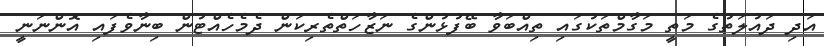
އަދި ދައުލަތުގެ މަތީ މަގާމްތަކުގައި ތިއްބަވާ ބޭފުޅުންގެ ނަޒާހަތްތެރިކަން ދެމެހެއްޓުން ބިނާވެފައި އޮންނަނީ